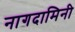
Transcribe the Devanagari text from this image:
नागदामिनी